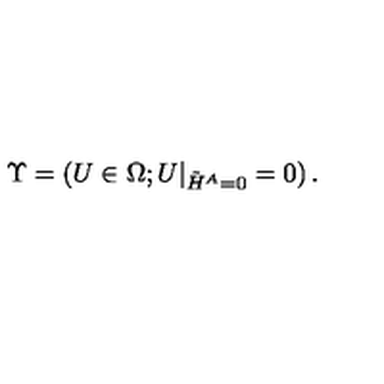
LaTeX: \Upsilon = \left( U \in \Omega ; U \vert _ { \tilde { H } ^ { A } = 0 } = 0 \right) .